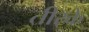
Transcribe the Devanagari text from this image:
तीरके